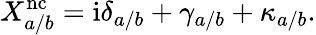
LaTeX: X_{a/b}^{\mathrm{nc}}=\mathrm{i}\delta_{a/b}+\gamma_{a/b}+\kappa_{a/b}.